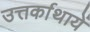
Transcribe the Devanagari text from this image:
उत्तर्काथायें